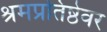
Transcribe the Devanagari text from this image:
श्रमप्रतिष्ठेवर